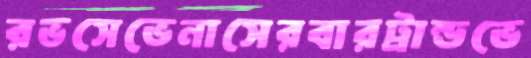
রভসেভেনাসেরবারট্রান্ডভে